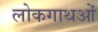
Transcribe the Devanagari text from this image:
लोकगाथओं